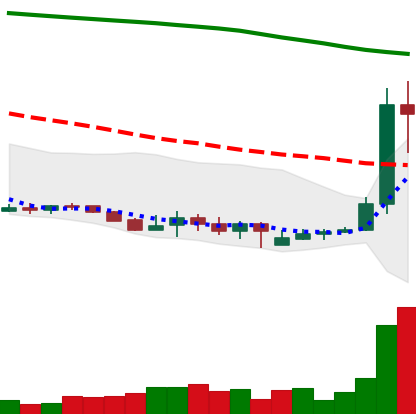
Ticker: XLM-USD
Chart end date: 2019-09-19
Forward return: -33.031%
Label: down_7plus